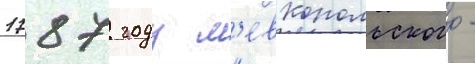
1787 году л'евкопольского -